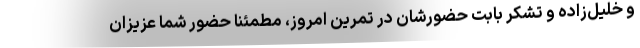
و خلیل‌زاده و تشکر بابت حضورشان در تمرین امروز، مطمئنا حضور شما عزیزان